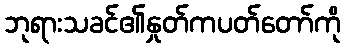
ဘုရားသခင်၏နှုတ်ကပတ်တော်ကို